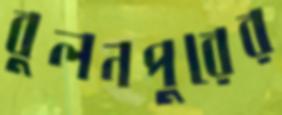
বুলনপুরের